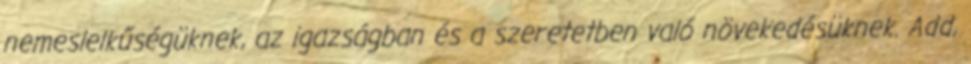
nemeslelkűségüknek, az igazságban és a szeretetben való növekedésüknek. Add,